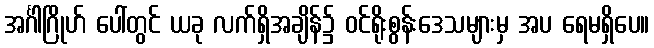
အင်္ဂါဂြိုဟ် ပေါ်တွင် ယခု လက်ရှိအချိန်၌ ဝင်ရိုးစွန်းဒေသများမှ အပ ရေမရှိပေ။